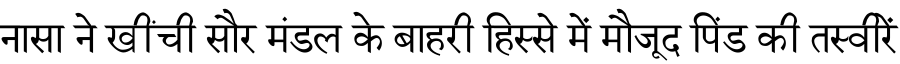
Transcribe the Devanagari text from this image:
नासा ने खींची सौर मंडल के बाहरी हिस्से में मौजूद पिंड की तस्वीरें